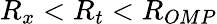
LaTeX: R_{x}<R_{t}<R_{OMP}